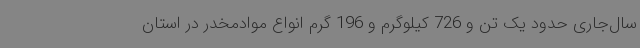
سال‌جاری حدود یک تن و 726 کیلوگرم و 196 گرم انواع موادمخدر در استان